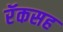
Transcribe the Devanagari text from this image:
रॅकसह